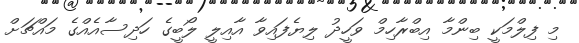
މި ފިލްމަކީ ބިންމާ އިބްރާހިމް ވަހީދު ލިޔެފައިވާ އާއިލީ ލޯބީގެ ހަދިސާއެއްގެ މައްޗަށް